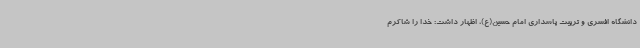
دانشگاه افسری و تربیت پاسداری امام حسین(ع)، اظهار داشت: خدا را شاکرم